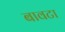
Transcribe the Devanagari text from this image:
बावटा